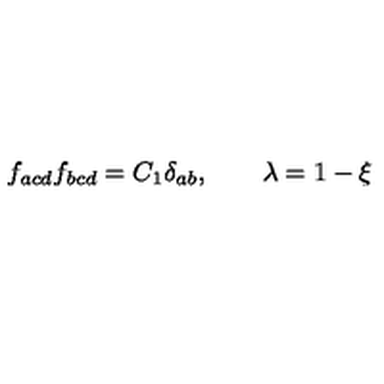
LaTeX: f _ { a c d } f _ { b c d } = C _ { 1 } \delta _ { a b } , \qquad \lambda = 1 - \xi